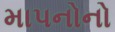
માપનોનો